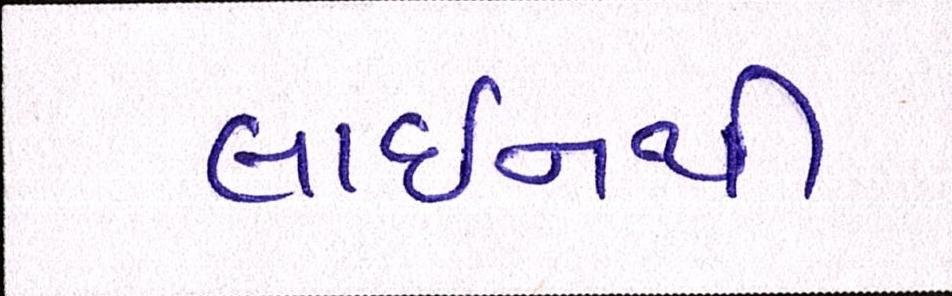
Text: લાઈનથી